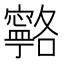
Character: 𭔦